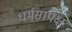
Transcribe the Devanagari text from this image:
धर्मसापेक्ष